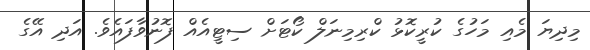
މިދިޔަ މެއި މަހުގެ ކުރީކޮޅު ކްރިމިނަލް ކޯޓަށް ސިޓީއެއް ފޮނުވާފައެވެ. އަދި އޭގެ